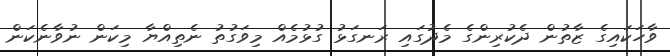
ވާހަކައިގެ ޒާތުން ދެކުރިންގެ މެދުގައި ރަނގަޅު ގުޅުމެއް މިވަގުތު ނެތިއްޔާ މިކަން ނުވާނެކަން